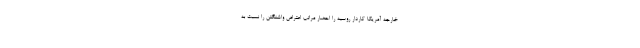
خارجه آمریکا کاردار روسیه را احضار مراتب اعتراض واشنگتن را نسبت به